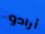
أرادو